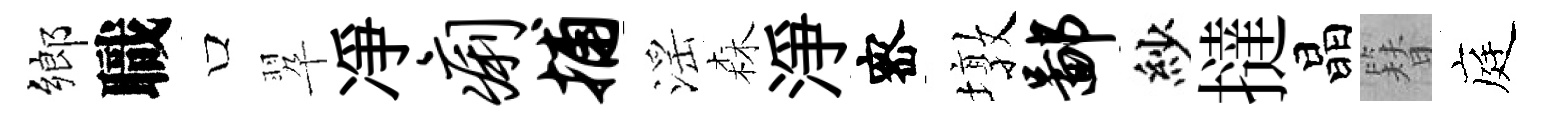
鄉職口翆凈痢捕滛森淨宻墩鄙紗撻晶簪庭